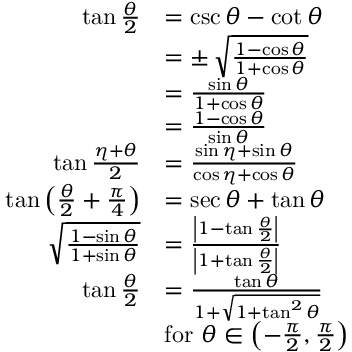
{ \begin{array} { r l } { \tan { \frac { \theta } { 2 } } } & { = \csc \theta - \cot \theta } \\ & { = \pm \, { \sqrt { \frac { 1 - \cos \theta } { 1 + \cos \theta } } } } \\ & { = { \frac { \sin \theta } { 1 + \cos \theta } } } \\ & { = { \frac { 1 - \cos \theta } { \sin \theta } } } \\ { \tan { \frac { \eta + \theta } { 2 } } } & { = { \frac { \sin \eta + \sin \theta } { \cos \eta + \cos \theta } } } \\ { \tan \left( { \frac { \theta } { 2 } } + { \frac { \pi } { 4 } } \right) } & { = \sec \theta + \tan \theta } \\ { { \sqrt { \frac { 1 - \sin \theta } { 1 + \sin \theta } } } } & { = { \frac { \left| 1 - \tan { \frac { \theta } { 2 } } \right| } { \left| 1 + \tan { \frac { \theta } { 2 } } \right| } } } \\ { \tan { \frac { \theta } { 2 } } } & { = { \frac { \tan \theta } { 1 + { \sqrt { 1 + \tan ^ { 2 } \theta } } } } } \\ & { { \mathrm { f o r ~ } } \theta \in \left( - { \frac { \pi } { 2 } } , { \frac { \pi } { 2 } } \right) } \end{array} }